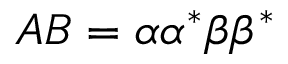
A B = \alpha \alpha ^ { * } \beta \beta ^ { * }